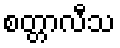
စတ္တာလီသ